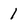
Character: 1